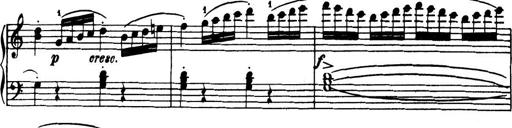
Title: 32 Sonatinas and Rondos for the Piano
Composer: Richard Kleinmichel